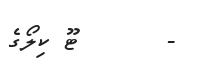
-       ޓޫ ކިލޯގެ